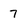
Character: 7